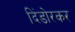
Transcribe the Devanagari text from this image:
दिंडोरकर